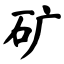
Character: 矿